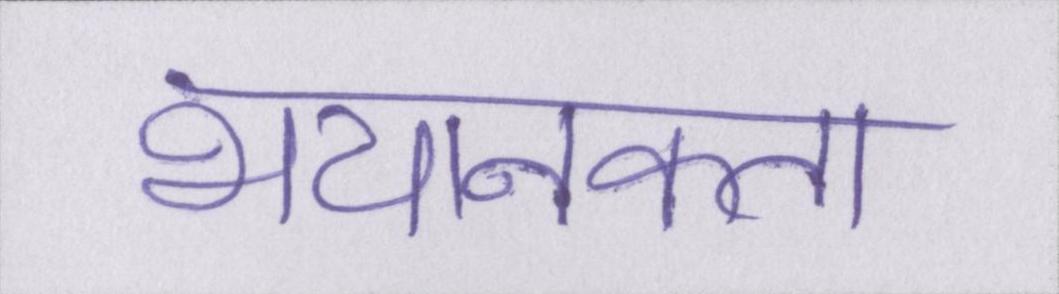
भयानकता